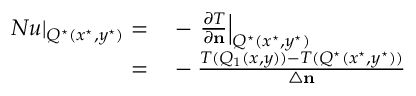
\begin{array} { r l } { \left. N u \right| _ { Q ^ { \star } ( x ^ { \star } , y ^ { \star } ) } = } & { { } - \left. \frac { \partial T } { \partial \mathbf { n } } \right| _ { Q ^ { \star } ( x ^ { \star } , y ^ { \star } ) } } \\ { = } & { { } - \frac { T ( Q _ { 1 } ( x , y ) ) - T ( Q ^ { \star } ( x ^ { \star } , y ^ { \star } ) ) } { \triangle \mathbf { n } } } \end{array}